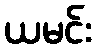
ယမင်း